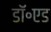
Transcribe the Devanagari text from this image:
डॉ॰एड